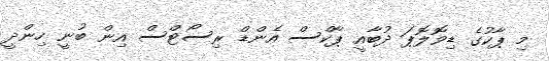
މި ޕާކުގެ ޑިވޮލޮޕަ ދުބާއީ ޕާކްސް އެންޑް ރިސޯޓްސް އިން ބުނީ ހިންދީ